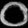
Digit: ၀